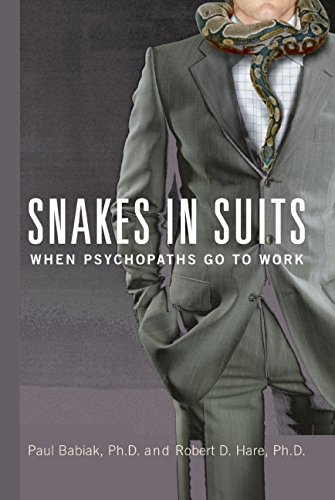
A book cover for Snakes in Suits: When Psychopaths Go to Work; Paul Babiak; Health, Fitness & Dieting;